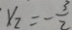
x _ { 2 } = - \frac { 3 } { 2 }